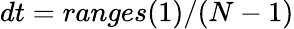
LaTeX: dt=ranges(1)/(N-1)